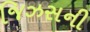
જિઝસની